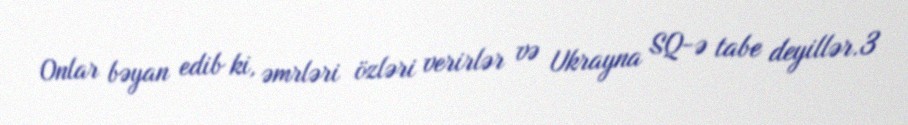
Onlar bəyan edib ki, əmrləri özləri verirlər və Ukrayna SQ-ə tabe deyillər.3